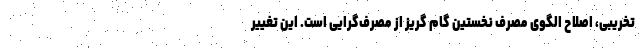
تخریبی، اصلاح الگوی مصرف نخستین گام گریز از مصرف‌گرایی است. این تغییر